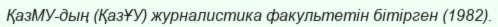
ҚазМУ-дың (ҚазҰУ) журналистика факультетін бітірген (1982).